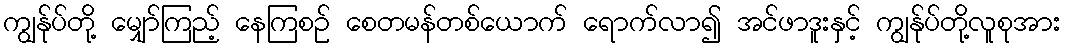
ကျွန်ုပ်တို့ မျှော်ကြည့် နေကြစဉ် စေတမန်တစ်ယောက် ရောက်လာ၍ အင်ဖာဒူးနှင့် ကျွန်ုပ်တို့လူစုအား